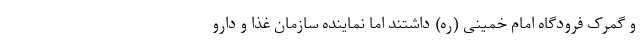
و گمرک فرودگاه امام خمینی (ره) داشتند اما نماینده سازمان غذا و دارو